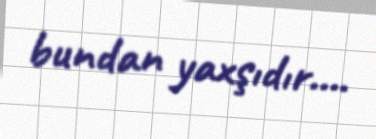
bundan yaxşıdır….